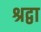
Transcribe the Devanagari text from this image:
श्रद्वा